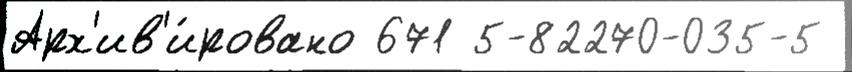
Арх'ив'и́ровано 671 5-82270-035-5